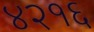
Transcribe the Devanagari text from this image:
४२१६